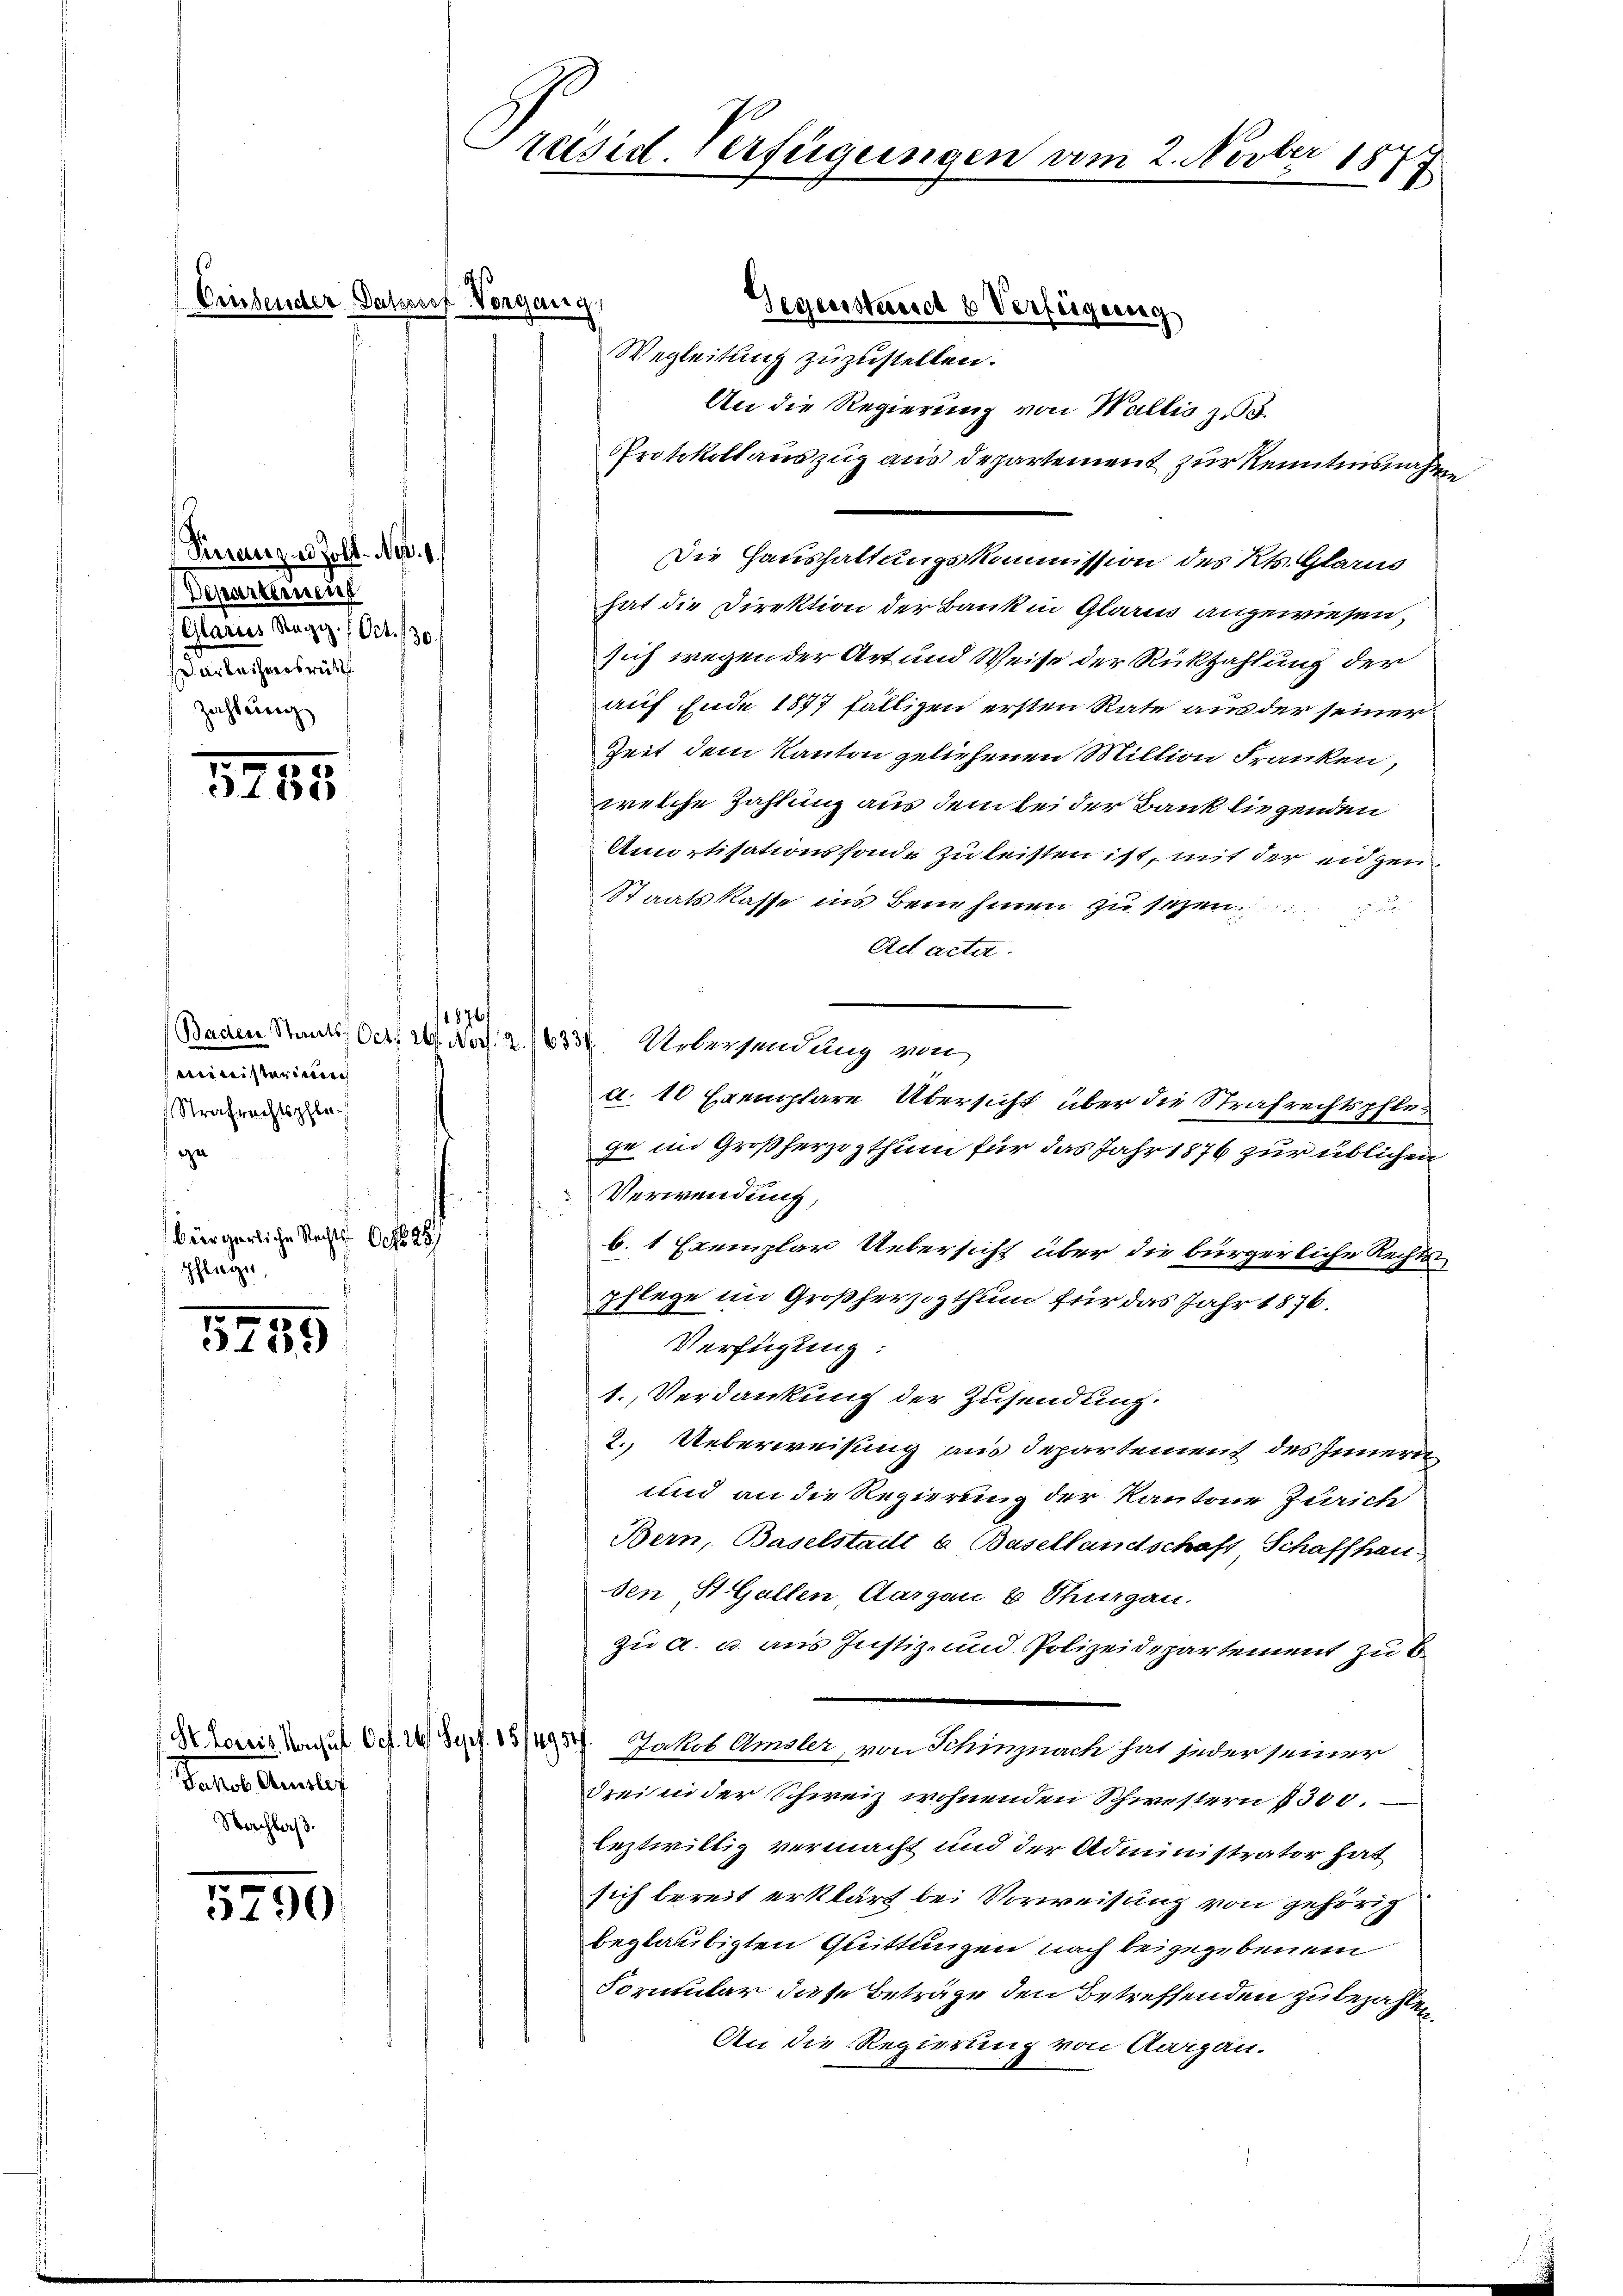
Finanze Zoll-Nop. 1.
Deparament
(Glarus Regiz. Oct. 130.
arleihensrük
Zahlung

2785

Ministerium
Strafrechtspflege
bürgerliche Rechts
60 f 25
pflege,
f

5255

Jakob Amtle
Nachlaß.

5790

bender Passosef Vorgang

Wegleitung zuzustellen.
An die Regierung von Wallis z
Protokollauszug aus departement zur Kenntnisnahme
Die Haushaltungskommission des Kts. Glarus
hat die Direktion der Bank in Glarus angewiesen,
sich wegen der Art und Weise der Rückzahlung der
auf Ende 1877 fälligen ersten Rate aus der seiner
Zeit dem Kanton geliehenen Million Franken,
welche Zahlung aus dem bei der Bank liegenden
Amortisationssonde zu leisten ist, mit der eidgen
Staatskasse ins Benehmen zu setzen.
Act acta.
Baden Staats Oer 20. Art. 2633. Uebersendung von
a. 10 Exemplare Übersicht über die Strafrechtspflege im Großherzogthum für das Jahr 1876 zur üblichen
Verwendung
b. 1 Exemplar Uebersicht über die bürgerliche Rechts
pflege im Großherzogthum für das Jahr 1876.
Verfügung:
1. Verdankung der Zusendung.
2. Ueberweisung aus Departement des Innern
und an die Regierung der Kantone Zürich
Bern, Baselstatt u Basellandschaft Schaffhau
sen St. Gallen, Aargau b Thurgau.
zu a. u. aus Justiz- und Polizeidepartement zu b
Khoris Konsul Ocf. 24. Sept. 15/4954. Jakob Amsler, von Schinznach hat jeder seiner
drei in der Schweiz wohnenden Schwestern 7300.
leztwillig vermacht und der Administrator hat
sich bereit erklärt bei Vorweisung von gehörig
beglaubigten Quittungen nach beigegebenem
Formular diese Beträge den Betreffenden zu bezahlen,
An die Regierung von Aargau.

Präsid-Verfügungen vom 2. Novber 1873
1

1876/

Gegenstandt 6 Verfügung